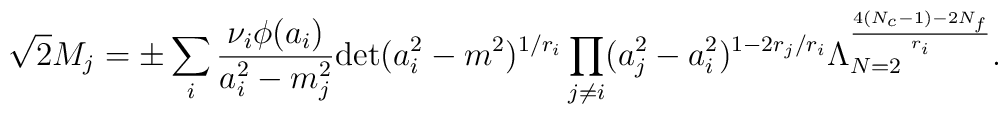
\sqrt{2} M_{j} = \pm \sum_{i} \frac{\nu_{i}\phi(a_{i})}{a_{i}^{2}-m_{j}^{2}}\mbox{det}(a_{i}^{2} - m^{2})^{1/r_{i}} \prod_{j\ne i} (a_{j}^2-a_{i}^2)^{1-2r_{j}/r_{i}} \Lambda_{N=2}^{\frac{4(N_{c}-1)-2N_{f}}{r_{i}}}.